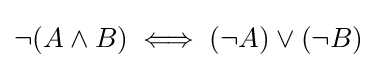
\neg (A\land B)\iff (\neg A)\vee (\neg B)